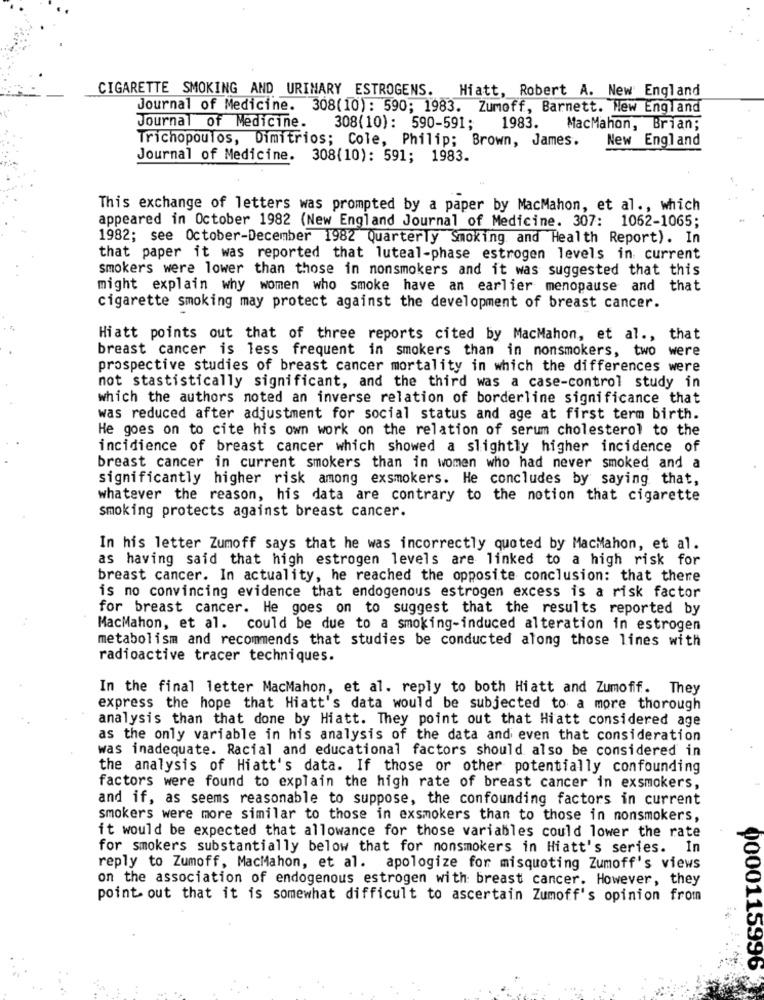
CIGARETTE SMOKING AND URINARY ESTROGENS. Hiatt, Robert A. New England
Journal of Medicine. 308(10): 590; 1983. Zumoff, Barnett. New England
Journal of Medicine.
308(10): 590-591; 1983. MacMahon, Brian;
Trichopoulos, Dimitrios; Cole, Philip; Brown, James.
New England
Journal of Medicine. 308(10): 591; 1983.
This exchange of letters was prompted by a paper by MacMahon, et al ., which
appeared in October 1982 (New England Journal of Medicine. 307: 1062-1065;
1982; see October-December 1982 Quarterly Smoking and Health Report). In
that paper it was reported that luteal-phase estrogen levels in current
smokers were lower than those in nonsmokers and it was suggested that this
might explain why women who smoke have an earlier menopause and that
cigarette smoking may protect against the development of breast cancer.
Hiatt points out that of three reports cited by MacMahon, et al ., that
breast cancer is less frequent in smokers than in nonsmokers, two were
prospective studies of breast cancer mortality in which the differences were
not stastistically significant, and the third was a case-control study in
which the authors noted an inverse relation of borderline significance that
was reduced after adjustment for social status and age at first term birth.
He goes on to cite his own work on the relation of serum cholesterol to the
incidience of breast cancer which showed a slightly higher incidence of
breast cancer in current smokers than in women who had never smoked and a
significantly higher risk among exsmokers. He concludes by saying that,
whatever the reason, his data are contrary to the notion that cigarette
smoking protects against breast cancer.
In his letter Zumoff says that he was incorrectly quoted by MacMahon, et al.
as having said that high estrogen levels are linked to a high risk for
breast cancer. In actuality, he reached the opposite conclusion: that there
is no convincing evidence that endogenous estrogen excess is a risk factor
for breast cancer. He goes on to suggest that the results reported by
MacMahon, et al. could be due to a smoking-induced alteration in estrogen
metabolism and recommends that studies be conducted along those lines with
radioactive tracer techniques.
In the final letter MacMahon, et al. reply to both Hiatt and Zumoff. They
express the hope that Hiatt's data would be subjected to a more thorough
analysis than that done by Hiatt. They point out that Hiatt considered age
as the only variable in his analysis of the data and even that consideration
was inadequate. Racial and educational factors should also be considered in
the analysis of Hiatt's data. If those or other potentially confounding
factors were found to explain the high rate of breast cancer in exsmokers,
and if, as seems reasonable to suppose, the confounding factors in current
smokers were more similar to those in exsmokers than to those in nonsmokers,
it would be expected that allowance for those variables could lower the rate
for smokers substantially below that for nonsmokers in Hiatt's series. In
reply to Zumoff, MacMahon, et al. apologize for misquoting Zumoff's views
on the association of endogenous estrogen with: breast cancer. However, they
point out that it is somewhat difficult to ascertain Zumoff's opinion from
0000115996